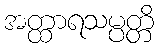
အတ္ထာရသမ္ပတ္တိ